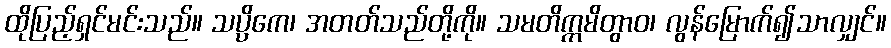
ထိုပြည့်ရှင်မင်းသည်။ သပ္ပိကေ၊ အတတ်သည်တို့ကို။ သမတိက္ကမိတွာဝ၊ လွန်မြောက်၍သာလျှင်။